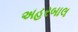
અહરબાલ